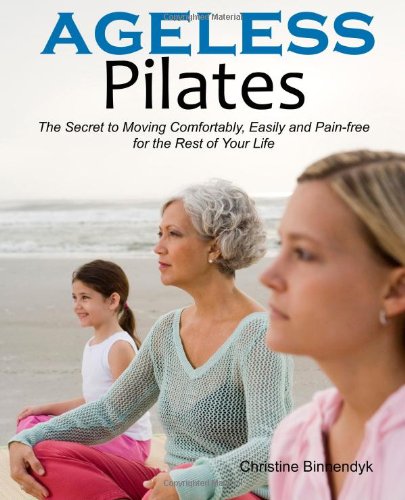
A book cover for Ageless Pilates: The Secret to Moving Comfortably, Easily and Pain-free for the Rest of Your Life; Christine Binnendyk; Health, Fitness & Dieting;